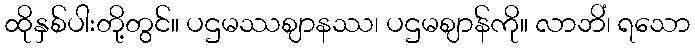
ထိုနှစ်ပါးတို့တွင်။ ပဌမဿဈာနဿ၊ ပဌမဈာန်ကို။ လာဘိံ၊ ရသော